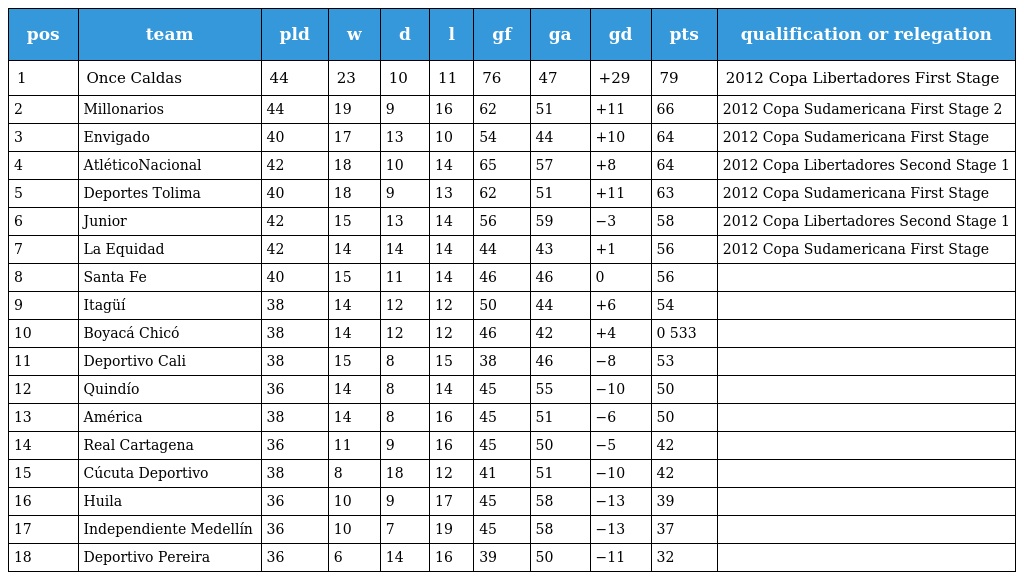
| pos | team | pld | w | d | l | gf | ga | gd | pts | qualification or relegation |
 | --- | --- | --- | --- | --- | --- | --- | --- | --- | --- | --- |
 | 1 | Once Caldas | 44 | 23 | 10 | 11 | 76 | 47 | +29 | 79 | 2012 Copa Libertadores First Stage |
 | 2 | Millonarios | 44 | 19 | 9 | 16 | 62 | 51 | +11 | 66 | 2012 Copa Sudamericana First Stage 2 |
 | 3 | Envigado | 40 | 17 | 13 | 10 | 54 | 44 | +10 | 64 | 2012 Copa Sudamericana First Stage |
 | 4 | AtléticoNacional | 42 | 18 | 10 | 14 | 65 | 57 | +8 | 64 | 2012 Copa Libertadores Second Stage 1 |
 | 5 | Deportes Tolima | 40 | 18 | 9 | 13 | 62 | 51 | +11 | 63 | 2012 Copa Sudamericana First Stage |
 | 6 | Junior | 42 | 15 | 13 | 14 | 56 | 59 | −3 | 58 | 2012 Copa Libertadores Second Stage 1 |
 | 7 | La Equidad | 42 | 14 | 14 | 14 | 44 | 43 | +1 | 56 | 2012 Copa Sudamericana First Stage |
 | 8 | Santa Fe | 40 | 15 | 11 | 14 | 46 | 46 | 0 | 56 |  |
 | 9 | Itagüí | 38 | 14 | 12 | 12 | 50 | 44 | +6 | 54 |  |
 | 10 | Boyacá Chicó | 38 | 14 | 12 | 12 | 46 | 42 | +4 | 0 533 |  |
 | 11 | Deportivo Cali | 38 | 15 | 8 | 15 | 38 | 46 | −8 | 53 |  |
 | 12 | Quindío | 36 | 14 | 8 | 14 | 45 | 55 | −10 | 50 |  |
 | 13 | América | 38 | 14 | 8 | 16 | 45 | 51 | −6 | 50 |  |
 | 14 | Real Cartagena | 36 | 11 | 9 | 16 | 45 | 50 | −5 | 42 |  |
 | 15 | Cúcuta Deportivo | 38 | 8 | 18 | 12 | 41 | 51 | −10 | 42 |  |
 | 16 | Huila | 36 | 10 | 9 | 17 | 45 | 58 | −13 | 39 |  |
 | 17 | Independiente Medellín | 36 | 10 | 7 | 19 | 45 | 58 | −13 | 37 |  |
 | 18 | Deportivo Pereira | 36 | 6 | 14 | 16 | 39 | 50 | −11 | 32 |  |